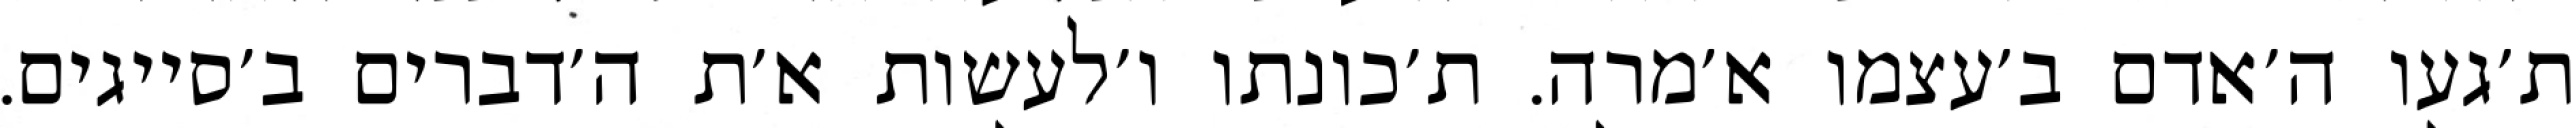
ת׳געו ה׳אדם ב׳עצמו א׳מרה. ת׳כונתו ו׳לעשות א׳ת ה׳דברים ב׳סייגים.